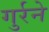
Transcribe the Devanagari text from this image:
गुर्रने